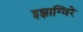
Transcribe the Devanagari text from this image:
इझाग्विरे